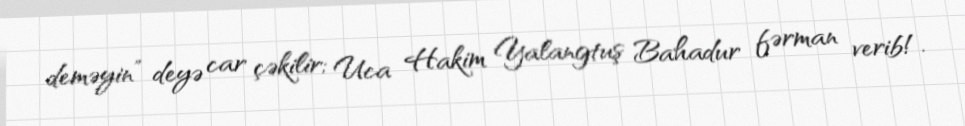
deməyin” deyə car çəkilir; Uca Hakim Yalangtuş Bahadur fərman verib!.